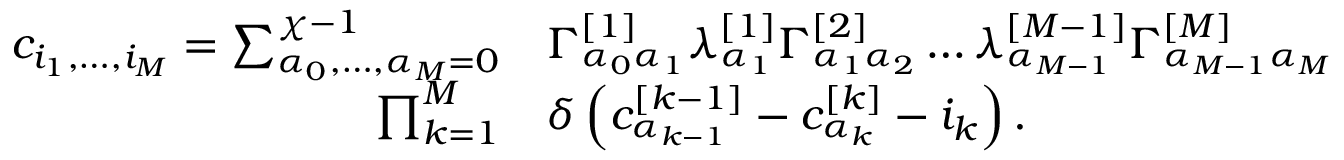
\begin{array} { r l } { c _ { i _ { 1 } , \dots , i _ { M } } = \sum _ { \alpha _ { 0 } , \dots , \alpha _ { M } = 0 } ^ { \chi - 1 } } & { \Gamma _ { \alpha _ { 0 } \alpha _ { 1 } } ^ { [ 1 ] } \lambda _ { \alpha _ { 1 } } ^ { [ 1 ] } \Gamma _ { \alpha _ { 1 } \alpha _ { 2 } } ^ { [ 2 ] } \dots \lambda _ { \alpha _ { M - 1 } } ^ { [ M - 1 ] } \Gamma _ { \alpha _ { M - 1 } \alpha _ { M } } ^ { [ M ] } } \\ { \prod _ { k = 1 } ^ { M } } & { \delta \left( c _ { \alpha _ { k - 1 } } ^ { [ k - 1 ] } - c _ { \alpha _ { k } } ^ { [ k ] } - i _ { k } \right) . } \end{array}